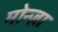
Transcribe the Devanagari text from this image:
मोन्ज़ा